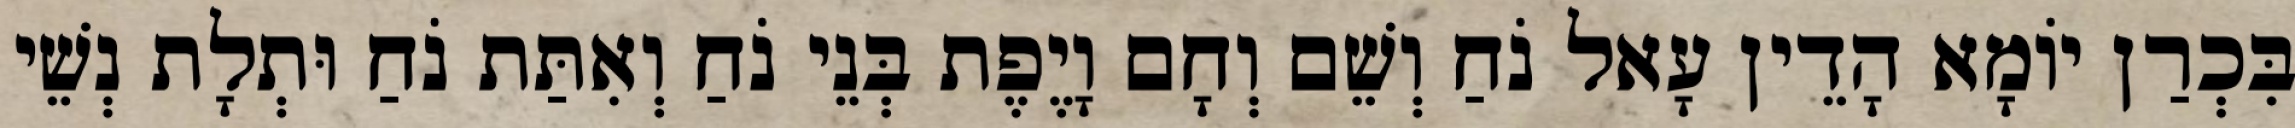
בִּכְרַן יוֹמָא הָדֵין עָאל נֹחַ וְשֵׁם וְחָם וָיֶפֶת בְּנֵי נֹחַ וְאִתַּת נֹחַ וּתְלָת נְשֵׁי